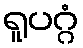
ရူပဂ္ဂံ